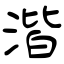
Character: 湝